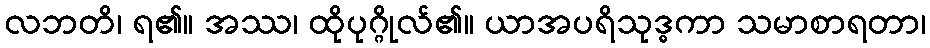
လဘတိ၊ ရ၏။ အဿ၊ ထိုပုဂ္ဂိုလ်၏။ ယာအပရိသုဒ္ဓကာ သမာစာရတာ၊